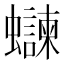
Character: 𫋨